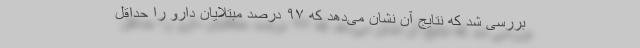
بررسی شد که نتایج آن نشان می‌دهد که ۹۷ درصد مبتلایان دارو را حداقل